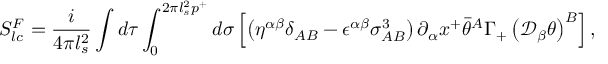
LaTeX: S _ { l c } ^ { F } = \frac { i } { 4 \pi l _ { s } ^ { 2 } } \int d \tau \int _ { 0 } ^ { 2 \pi l _ { s } ^ { 2 } p ^ { + } } d \sigma \left[ \left( \eta ^ { \alpha \beta } \delta _ { A B } - \epsilon ^ { \alpha \beta } \sigma _ { A B } ^ { 3 } \right) \partial _ { \alpha } x ^ { + } \bar { \theta } ^ { A } \Gamma _ { + } \left( \mathcal { D } _ { \beta } \theta \right) ^ { B } \right] ,